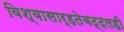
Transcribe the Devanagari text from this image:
विश्‍वासार्हतेबद्दलही